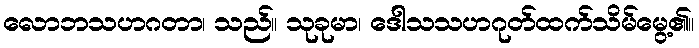
လောဘသဟဂတာ၊ သည်။ သုခုမာ၊ ဒေါသသဟဂုတ်ထက်သိမ်မွေ့၏။